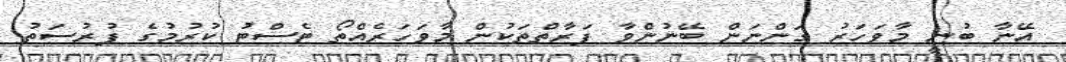
އޭނާ ބުނީ މާވަހަރު ގަންނަން ބޭނުންވާ ފަރާތްތަކުން މާވަހަރެއްތޯ ޓެސްޓު ކުރުމުގެ ފުރުސަތު